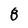
Character: 8